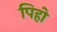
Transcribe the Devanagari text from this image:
पिहो